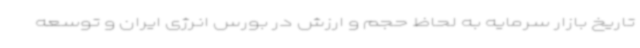
تاریخ بازار سرمایه به لحاظ حجم و ارزش در بورس انرژی ایران و توسعه